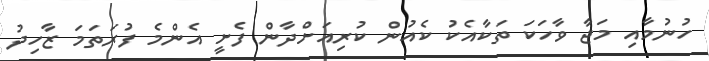
ހުނުމާއި މަޖާ ވާހަކަ ތަކާއެކު ކެއުން ކުރިއަށްދާން ފެށީ އެންމެ ފުރަތަމަ ޒާހިދު